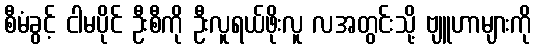
စီမံခွင့် ငါမပိုင် ဦးစီကို ဦးလူရယ်ဖိုးလူ လအတွင်းသို့ ဗျူဟာများကို